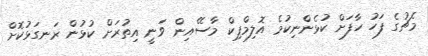
މެޗުގެ ފަހު ހާފަށް ކުޅެންނިކުމެ އޮލިމްޕިކް މާސޭއިން ވަނީ އިތުރަށް ކުޅުން ރަނގަޅުކޮށް